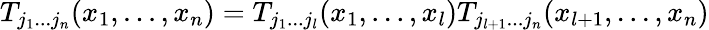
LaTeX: T_{j_{1}...j_{n}}(x_{1},...,x_{n})=T_{j_{1}...j_{l}}(x_{1},...,x_{l})T_{j_{l+1}...j_{n}}(x_{l+1},...,x_{n})